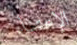
الإعتناء